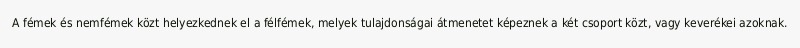
A fémek és nemfémek közt helyezkednek el a félfémek, melyek tulajdonságai átmenetet képeznek a két csoport közt, vagy keverékei azoknak.